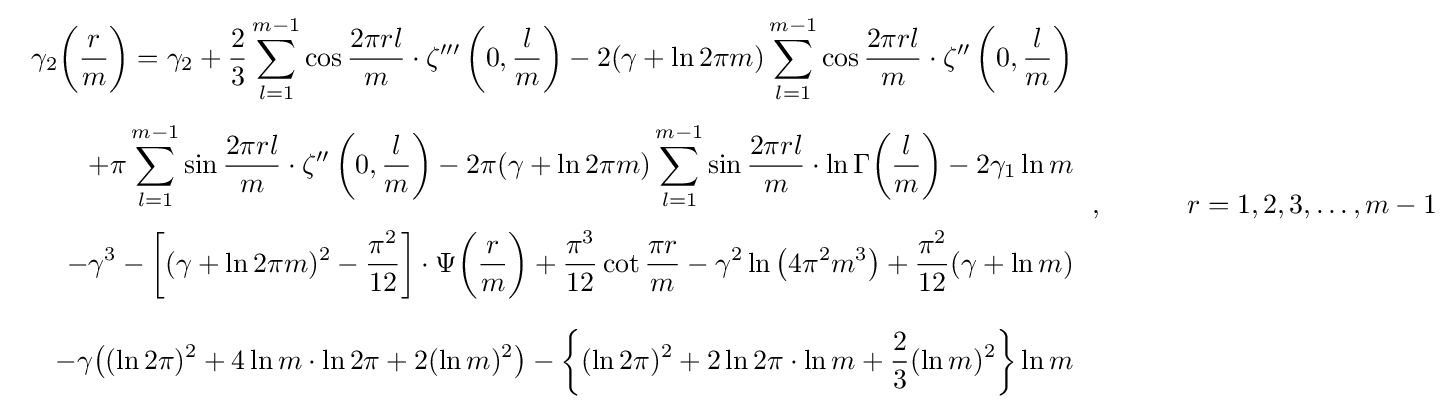
{\begin{array}{rl}\displaystyle \gamma _{2}{\biggl (}{\frac {r}{m}}{\biggr )}=\gamma _{2}+{\frac {2}{3}}\sum _{l=1}^{m-1}\cos {\frac {2\pi rl}{m}}\cdot \zeta '''\left(0,{\frac {l}{m}}\right)-2(\gamma +\ln 2\pi m)\sum _{l=1}^{m-1}\cos {\frac {2\pi rl}{m}}\cdot \zeta ''\left(0,{\frac {l}{m}}\right)\\[6mm]\displaystyle \quad +\pi \sum _{l=1}^{m-1}\sin {\frac {2\pi rl}{m}}\cdot \zeta ''\left(0,{\frac {l}{m}}\right)-2\pi (\gamma +\ln 2\pi m)\sum _{l=1}^{m-1}\sin {\frac {2\pi rl}{m}}\cdot \ln \Gamma {\biggl (}{\frac {l}{m}}{\biggr )}-2\gamma _{1}\ln {m}\\[6mm]\displaystyle \quad -\gamma ^{3}-\left[(\gamma +\ln 2\pi m)^{2}-{\frac {\pi ^{2}}{12}}\right]\cdot \Psi {\biggl (}{\frac {r}{m}}{\biggr )}+{\frac {\pi ^{3}}{12}}\cot {\frac {\pi r}{m}}-\gamma ^{2}\ln {\big (}4\pi ^{2}m^{3}{\big )}+{\frac {\pi ^{2}}{12}}(\gamma +\ln {m})\\[6mm]\displaystyle \quad -\gamma {\big (}(\ln 2\pi )^{2}+4\ln m\cdot \ln 2\pi +2(\ln m)^{2}{\big )}-\left\{(\ln 2\pi )^{2}+2\ln 2\pi \cdot \ln m+{\frac {2}{3}}(\ln m)^{2}\right\}\ln m\end{array}}\,,\qquad \quad r=1,2,3,\ldots ,m-1